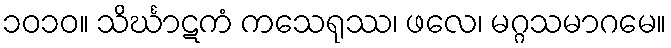
၁၀၁၀။ သိင်္ဃာဋကံ ကသေရုဿ၊ ဖလေ၊ မဂ္ဂသမာဂမေ။